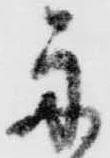
舟